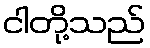
ငါတို့သည်